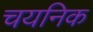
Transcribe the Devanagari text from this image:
चयनिक